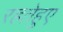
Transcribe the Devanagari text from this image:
रहतेहुए